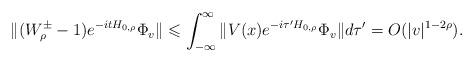
LaTeX: \begin{align*}\|(W_\rho^\pm-1)e^{-itH_{0,\rho}}\Phi_v\|\leqslant\int_{-\infty}^\infty\|V(x)e^{-i\tau'H_{0,\rho}}\Phi_v\|d\tau'=O(|v|^{1-2\rho}).\end{align*}